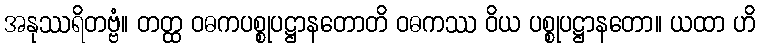
အနုဿရိတဗ္ဗံ။ တတ္ထ ဝဓကပစ္စုပဋ္ဌာနတောတိ ဝဓကဿ ဝိယ ပစ္စုပဋ္ဌာနတော။ ယထာ ဟိ